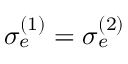
\sigma _ { e } ^ { ( 1 ) } = \sigma _ { e } ^ { ( 2 ) }